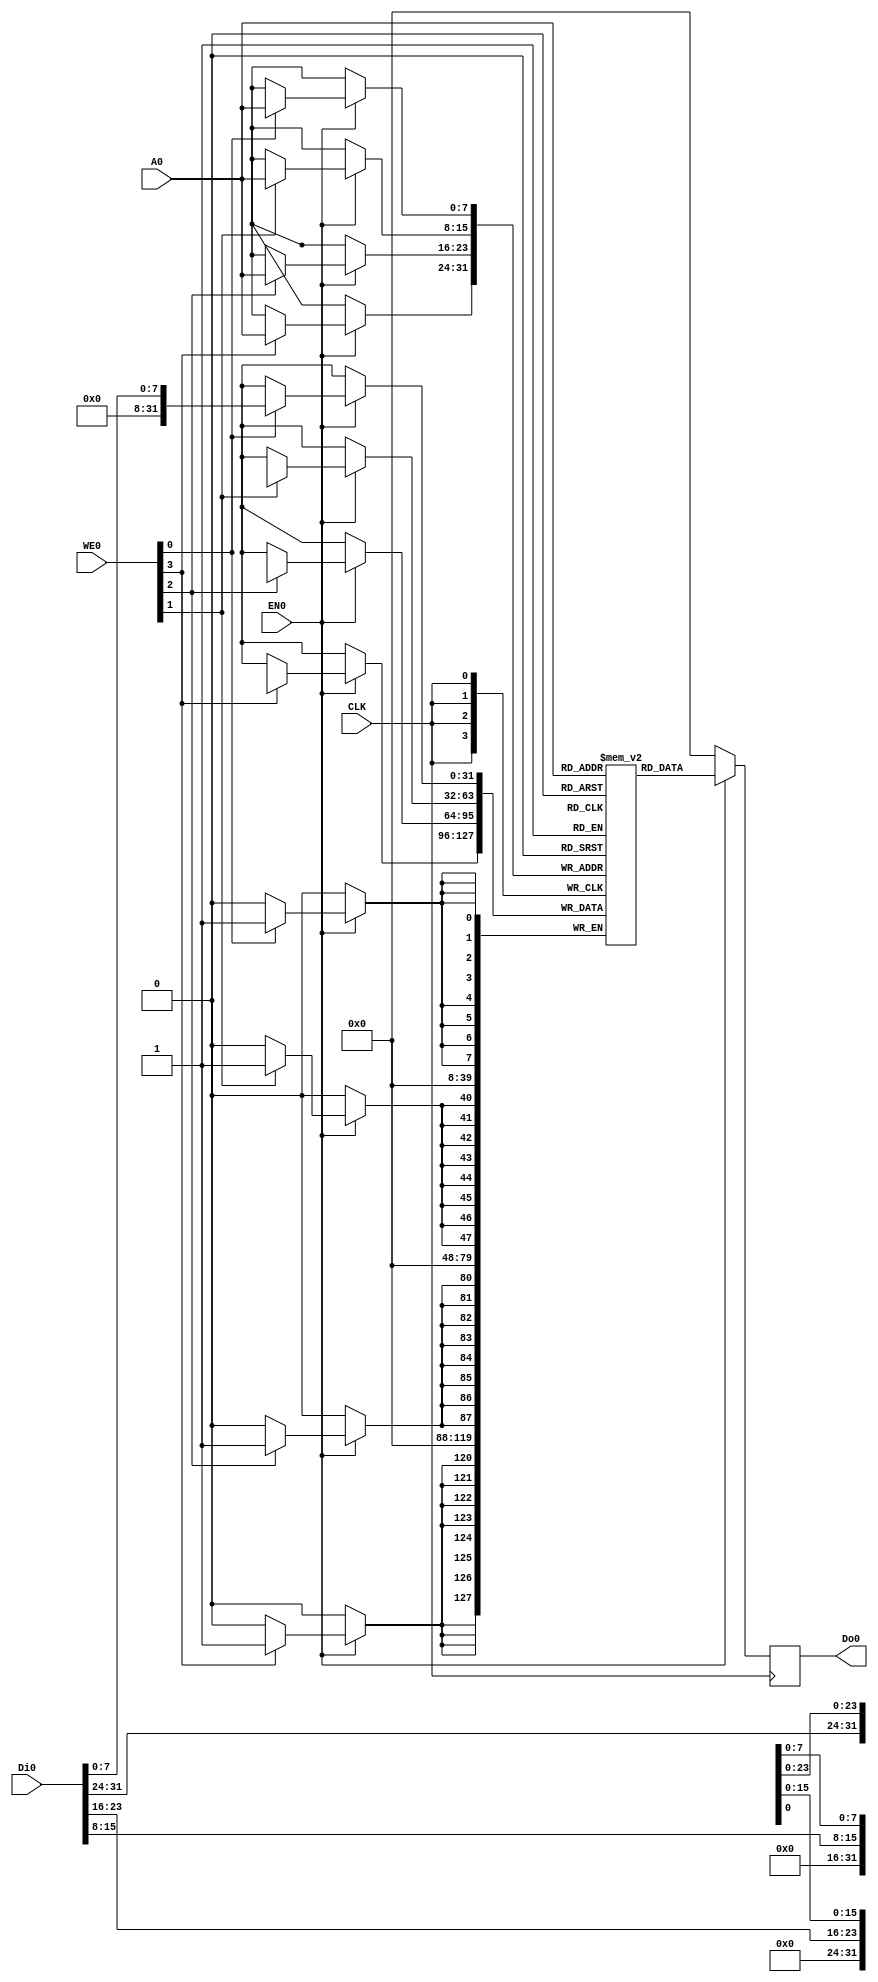
/*
 * DFFRAM.v
 *
 * * A 256x32 DFFRAM (1 Kbytes)
 *
 * This is free software: you can redistribute it and/or modify
 * it under the terms of the Apache License, Version 2.0 (the "License").
 *
 * DFFRAM is distributed in the hope that it will be useful,
 * but WITHOUT ANY WARRANTY; without even the implied warranty of
 * MERCHANTABILITY or FITNESS FOR A PARTICULAR PURPOSE. See the
 * Apache License, Version 2.0 for more details.
 *
 * You should have received a copy of the Apache License, Version 2.0
 * along with DFFRAM. If not, see <https://www.apache.org/licenses/LICENSE-2.0>.
 *
 * For further information, please visit .
 *
 */

`timescale 1ns/1ps

`default_nettype        none

module DFFRAM256x32  (
        CLK,
        WE0,
        EN0,
        Di0,
        Do0,
        A0
);
       localparam A_WIDTH = 8;
       localparam NUM_WORDS = 2**A_WIDTH;
   
       input   wire                         CLK;
       input   wire    [3:0]                WE0;
       input   wire                         EN0;
       input   wire    [31:0]               Di0;
       output  reg     [31:0]               Do0;
       input   wire    [(A_WIDTH - 1): 0]   A0;
       
       reg [31:0] RAM[(NUM_WORDS-1): 0];
   
       always @(posedge CLK)
           if(EN0) begin
               Do0 <= RAM[A0];
               if(WE0[0]) RAM[A0][ 7: 0] <= Di0[7:0];
               if(WE0[1]) RAM[A0][15: 8] <= Di0[15:8];
               if(WE0[2]) RAM[A0][23:16] <= Di0[23:16];
               if(WE0[3]) RAM[A0][31:24] <= Di0[31:24];
           end
           else
               Do0 <= 32'b0;
    endmodule